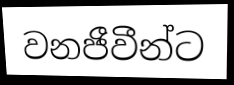
වනජීවීන්ට